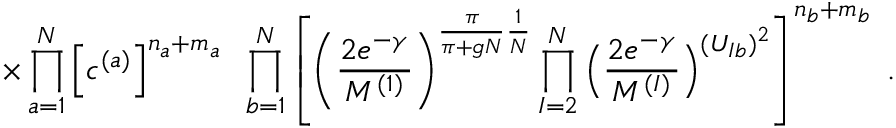
\times \prod _ { a = 1 } ^ { N } \Big [ c ^ { ( a ) } \Big ] ^ { n _ { a } + m _ { a } } \; \; \prod _ { b = 1 } ^ { N } \left[ \left( \frac { 2 e ^ { - \gamma } } { M ^ { ( 1 ) } } \right) ^ { \frac { \pi } { \pi + g N } \frac { 1 } { N } } \prod _ { I = 2 } ^ { N } \Big ( \frac { 2 e ^ { - \gamma } } { M ^ { ( I ) } } \Big ) ^ { ( U _ { I b } ) ^ { 2 } } \right] ^ { n _ { b } + m _ { b } } \; .